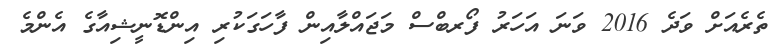
ތެރެއަށް ވަދެ 2016 ވަނަ އަހަރު ފޯރބްސް މަޖައްލާއިން ފާހަގަކުރި އިންޑޮނީޝިއާގެ އެންމެ